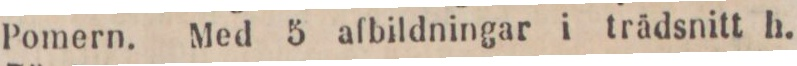
Pomern. Med 5 afbildningar i trädsnitt h.